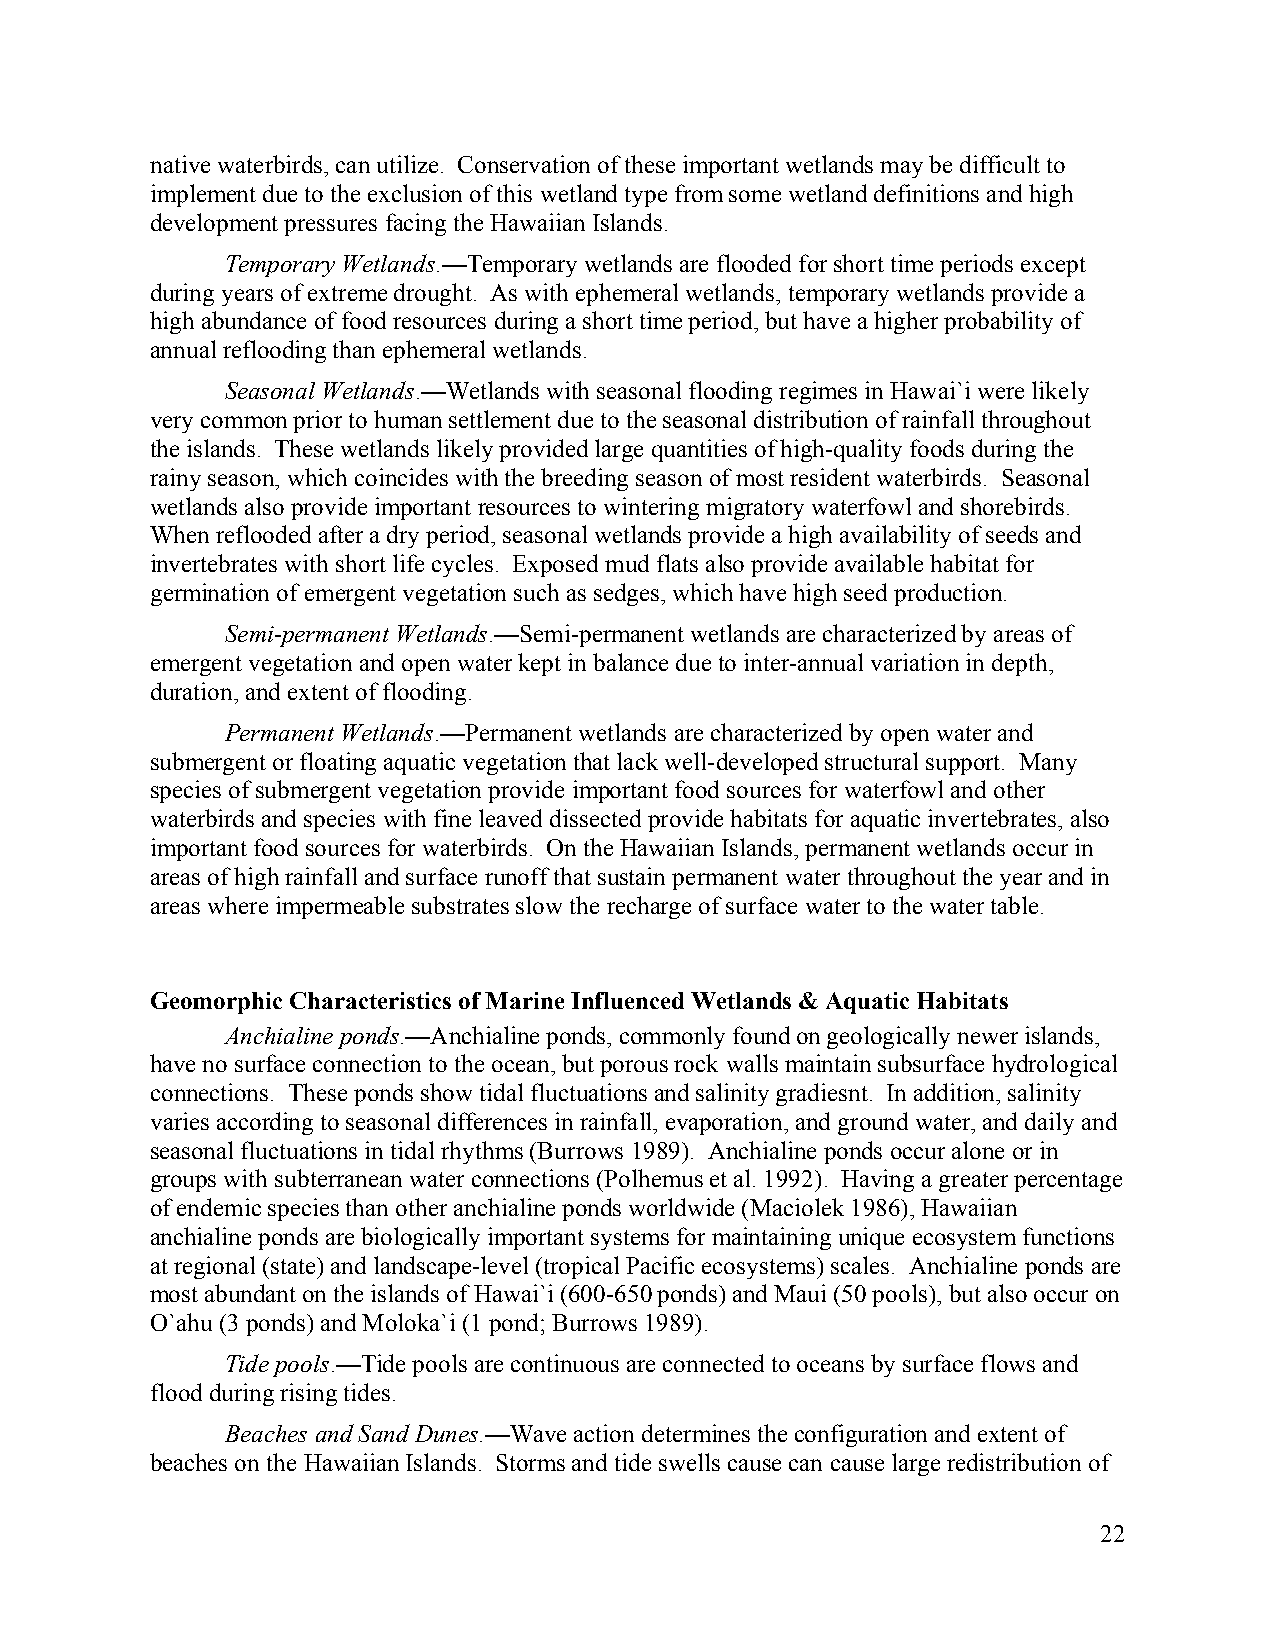
native waterbirds, can utilize. Conservation of these important wetlands may be difficult to
 implement due to the exclusion of this wetland type from some wetland definitions and high
 development pressures facing the Hawaiian Islands.
 Temporary Wetlands.—Temporary wetlands are flooded for short time periods except
 during years of extreme drought. As with ephemeral wetlands, temporary wetlands provide a
 high abundance of food resources during a short time period, but have a higher probability of
 annual reflooding than ephemeral wetlands.
 Seasonal Wetlands.—Wetlands with seasonal flooding regimes in Hawai`i were likely
 very common prior to human settlement due to the seasonal distribution of rainfall throughout
 the islands. These wetlands likely provided large quantities of high-quality foods during the
 rainy season, which coincides with the breeding season of most resident waterbirds. Seasonal
 wetlands also provide important resources to wintering migratory waterfowl and shorebirds.
 When reflooded after a dry period, seasonal wetlands provide a high availability of seeds and
 invertebrates with short life cycles. Exposed mud flats also provide available habitat for
 germination of emergent vegetation such as sedges, which have high seed production.
 Semi-permanent Wetlands.—Semi-permanent wetlands are characterized by areas of
 emergent vegetation and open water kept in balance due to inter-annual variation in depth,
 duration, and extent of flooding.
 Permanent Wetlands.—Permanent wetlands are characterized by open water and
 submergent or floating aquatic vegetation that lack well-developed structural support. Many
 species of submergent vegetation provide important food sources for waterfowl and other
 waterbirds and species with fine leaved dissected provide habitats for aquatic invertebrates, also
 important food sources for waterbirds. On the Hawaiian Islands, permanent wetlands occur in
 areas of high rainfall and surface runoff that sustain permanent water throughout the year and in
 areas where impermeable substrates slow the recharge of surface water to the water table.
 Geomorphic Characteristics of Marine Influenced Wetlands & Aquatic Habitats
 Anchialine ponds.—Anchialine ponds, commonly found on geologically newer islands,
 have no surface connection to the ocean, but porous rock walls maintain subsurface hydrological
 connections. These ponds show tidal fluctuations and salinity gradiesnt. In addition, salinity
 varies according to seasonal differences in rainfall, evaporation, and ground water, and daily and
 seasonal fluctuations in tidal rhythms (Burrows 1989). Anchialine ponds occur alone or in
 groups with subterranean water connections (Polhemus et al. 1992). Having a greater percentage
 of endemic species than other anchialine ponds worldwide (Maciolek 1986), Hawaiian
 anchialine ponds are biologically important systems for maintaining unique ecosystem functions
 at regional (state) and landscape-level (tropical Pacific ecosystems) scales. Anchialine ponds are
 most abundant on the islands of Hawai`i (600-650 ponds) and Maui (50 pools), but also occur on
 O`ahu (3 ponds) and Moloka`i (1 pond; Burrows 1989).
 Tide pools.—Tide pools are continuous are connected to oceans by surface flows and
 flood during rising tides.
 Beaches and Sand Dunes.—Wave action determines the configuration and extent of
 beaches on the Hawaiian Islands. Storms and tide swells cause can cause large redistribution of
 22